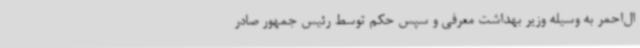
ال‌احمر به وسیله وزیر بهداشت معرفی و سپس حکم توسط رئیس جمهور صادر